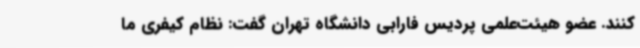
کنند. عضو هیئت‌علمی پردیس فارابی دانشگاه تهران گفت: نظام کیفری ما